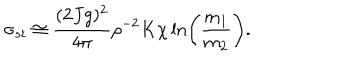
\sigma _ { s t } \cong { \frac { ( 2 J g ) ^ { 2 } } { 4 \pi } } \rho ^ { - 2 } K \chi \ln \left( { \frac { m _ { 1 } } { m _ { 2 } } } \right) .